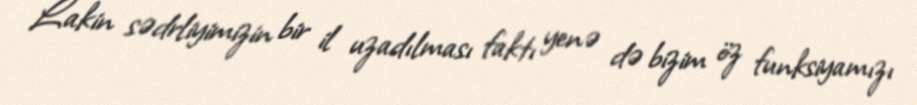
Lakin sədrliyimizin bir il uzadılması faktı yenə də bizim öz funksiyamızı